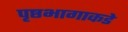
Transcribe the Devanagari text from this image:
पृष्ठभागाकडे